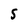
Character: S